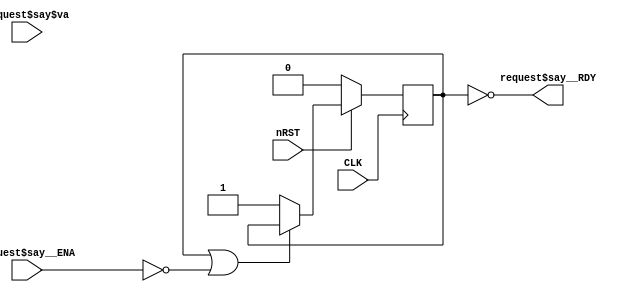
module Order (input wire CLK, input wire nRST,
    input wire request$say__ENA,
    input wire [31:0]request$say$va,
    output wire request$say__RDY);
    reg [31:0]a;
    reg [31:0]offset;
    reg [31:0]outA;
    reg [31:0]outB;
    reg running;
    assign request$say__RDY = !running;
    always @( posedge CLK) begin
      if (!nRST) begin
        a <= 0;
        offset <= 0;
        outA <= 0;
        outB <= 0;
        running <= 0;
      end 
      else begin
        if (request$say__ENA == 0) begin 
            outA <= a + offset;
            if (running != 0)
            a <= a + 1;
        end; 
        if (request$say__ENA == 0) begin 
            outB <= a + offset;
            if (running == 0)
            a <= 1;
        end; 
        if (request$say__ENA == 0) begin 
            offset <= offset + 1;
        end; 
        if (!( running | ( !request$say__ENA ) )) begin 
            a <= request$say$va;
            offset <= 1;
            running <= 1;
        end; 
      end
    end 
endmodule